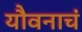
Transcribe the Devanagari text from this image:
यौवनाचं